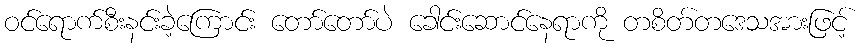
ဝင်ရောက်စီးနင်းခဲ့ကြောင်း တော်တော်ပဲ ခေါင်းဆောင်နေရာကို တစိတ်တဒေသအားဖြင့်